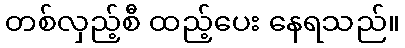
တစ်လှည့်စီ ထည့်ပေး နေရသည်။